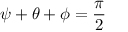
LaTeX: \psi + \theta + \phi = { \frac { \pi } { 2 } }